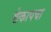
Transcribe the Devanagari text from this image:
शेकापचा